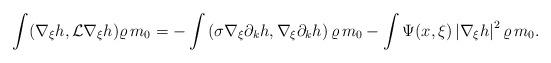
LaTeX: \begin{align*}\int (\nabla_\xi h, \mathcal{L}\nabla_\xi h)\varrho\,m_{0} =-\int \left(\sigma\nabla_\xi\partial_k h,\nabla_\xi\partial_k h\right)\varrho\, m_{0} - \int \Psi(x,\xi) \left|\nabla_\xi h\right|^2 \varrho\, m_{0} .\end{align*}